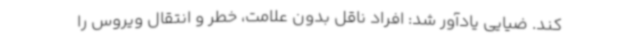
کند. ضیایی یادآور شد: افراد ناقل بدون علامت، خطر و انتقال ویروس را